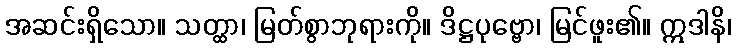
အဆင်းရှိသော။ သတ္ထာ၊ မြတ်စွာဘုရားကို။ ဒိဋ္ဌပုဗ္ဗော၊ မြင်ဖူး၏။ ဣဒါနိ၊